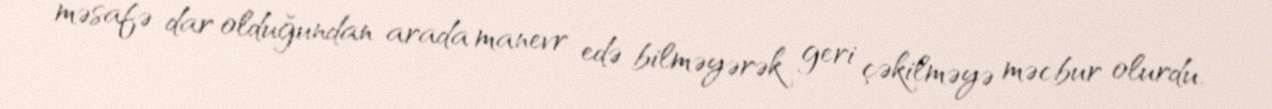
məsafə dar olduğundan arada manevr edə bilməyərək geri çəkilməyə məcbur olurdu.